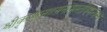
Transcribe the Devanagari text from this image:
श्रीकृष्णसहस्रनामस्तोत्रमन्त्रस्य